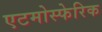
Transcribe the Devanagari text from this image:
एटमोस्फेरिक